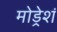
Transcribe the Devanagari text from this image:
मोड्रेशं